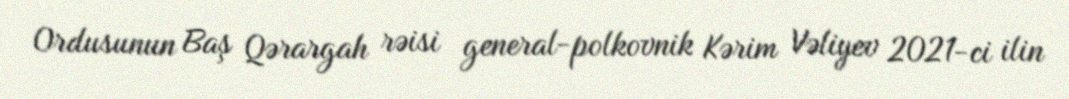
Ordusunun Baş Qərargah rəisi general-polkovnik Kərim Vəliyev 2021-ci ilin